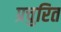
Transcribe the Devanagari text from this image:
प्रचुरित